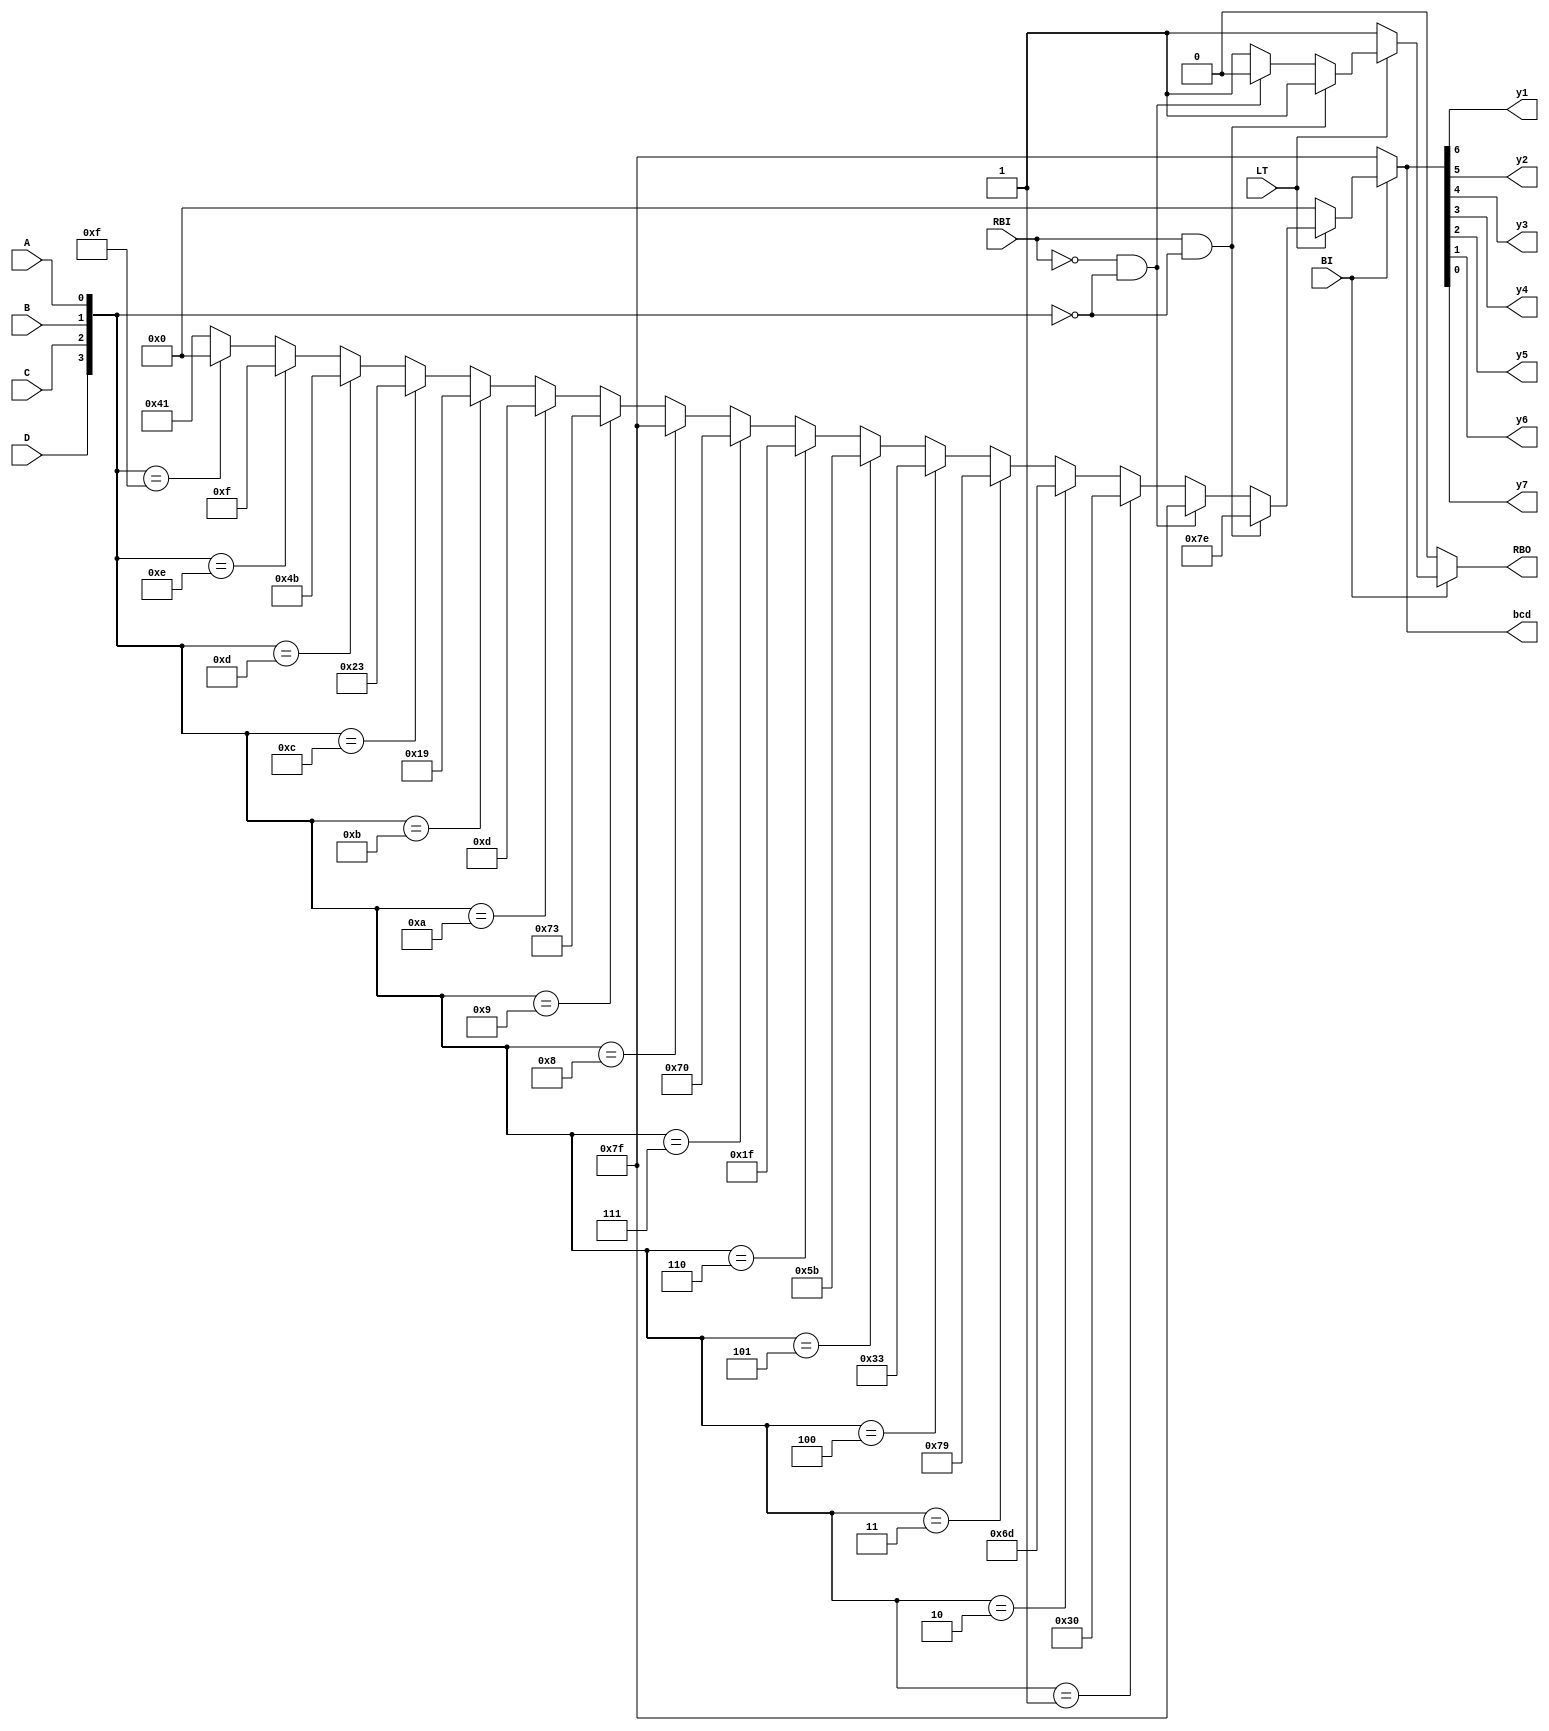
module BCDTOSEVEN2_1(input LT,input BI,input RBI,input D,input C,input B,input A,output [6:0] bcd,output y1,y2,y3,y4,y5,y6,y7,output RBO);
assign RBO = ~BI ? 1'b0 : RBO_r;
reg RBO_r;
reg [6:0] bcd_r;
assign bcd = ~BI ? 7'b1111111 : bcd_r;
assign y1 = bcd[6];
assign y2 = bcd[5];
assign y3  = bcd[4];
assign y4 = bcd[3];
assign y5 = bcd[2];
assign y6 = bcd[1];
assign y7 = bcd[0];
always@(LT or RBI or D or C or B or A)
begin
if(LT)
begin
bcd_r <= (RBI && {D,C,B,A} == 4'b0000) ? 7'b1111110 : (~RBI && {D,C,B,A} == 4'b0000) ? 7'b1111111 : ({D,C,B,A} == 4'b0001) ? 7'b0110000 : ({D,C,B,A} == 4'b0010) ? 7'b1101101 : ({D,C,B,A} == 4'b0011) ? 7'b1111001 : ({D,C,B,A} == 4'b0100) ? 7'b0110011 : ({D,C,B,A} == 4'b0101) ? 7'b1011011 : ({D,C,B,A} == 4'b0110) ? 7'b0011111 : ({D,C,B,A} == 4'b0111) ? 7'b1110000 : 
({D,C,B,A} == 4'b1000) ? 7'b1111111 : ({D,C,B,A} == 4'b1001) ? 7'b1110011 : ({D,C,B,A} == 4'b1010) ? 7'b0001101 : ({D,C,B,A} == 4'b1011) ? 7'b0011001 : ({D,C,B,A} == 4'b1100) ? 7'b0100011 : 
({D,C,B,A} == 4'b1101) ? 7'b1001011 : ({D,C,B,A} == 4'b1110) ? 7'b0001111 : ({D,C,B,A} == 4'b1111) ? 7'b0000000 : 7'b1000001;
RBO_r <= (RBI && {D,C,B,A} == 4'b0000) ? 1'b1 : (~RBI && {D,C,B,A} == 4'b0000) ? 1'b0 : 1'b1;
end
else if(~LT)
begin
bcd_r <= 7'b0000000;
RBO_r <= 1'b1;
end
else
begin
bcd_r <= 7'b1000000;
RBO_r <= 1'bz;
end
end
endmodule